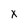
Character: X